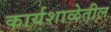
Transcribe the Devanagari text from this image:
कार्यशाळेतील